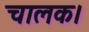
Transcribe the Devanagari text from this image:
चालक।